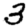
Digit: 3